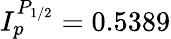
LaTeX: I_{p}^{P_{1/2}}=0.5389